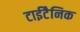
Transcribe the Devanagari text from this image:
टाईटैनिक